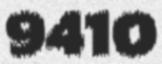
9410